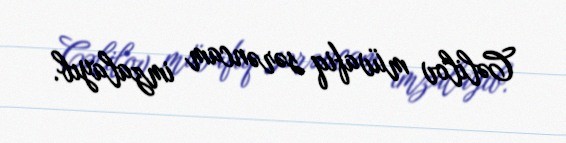
Cəlilov müvafiq sərəncam imzalayıb.